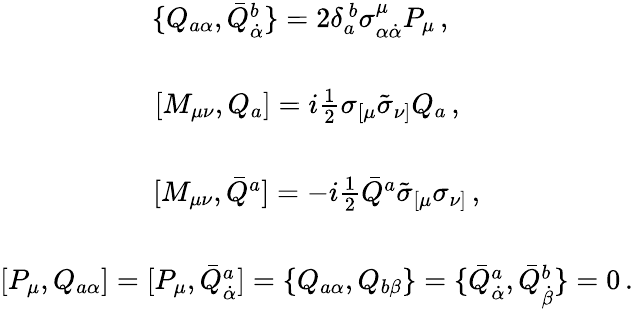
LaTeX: \begin{array}{c}{{\{ Q_{a\alpha},\bar{Q}_{\dot{\alpha}}^{b}\} =2\delta_{a}^{~b}\sigma_{\alpha\dot{\alpha}}^{\mu}P_{\mu}\, ,~~~~}}\\ {{{}}}\\ {{{}[M_{\mu\nu},Q_{a}]=i\textstyle{\frac{1}{2}}\sigma_{[\mu}\tilde{\sigma}_{\nu]}Q_{a}\, ,~~}}\\ {{{}}}\\ {{{}[M_{\mu\nu},\bar{Q}^{a}]=-i\textstyle{\frac{1}{2}}\bar{Q}^{a}\tilde{\sigma}_{[\mu}\sigma_{\nu]}\, ,}}\\ {{{}}}\\ {{{}[{P}_{\mu},Q_{a\alpha}]=[P_{\mu},\bar{Q}_{\dot{\alpha}}^{a}]=\{ Q_{a\alpha},Q_{b\beta}\} =\{ \bar{Q}_{\dot{\alpha}}^{a},\bar{Q}_{\dot{\beta}}^{b}\} =0\, .}}\end{array}